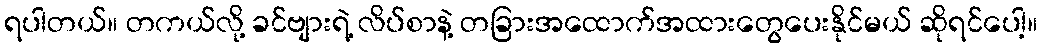
ရပါတယ်။ တကယ်လို့ ခင်ဗျားရဲ့ လိပ်စာနဲ့ တခြားအထောက်အထားတွေပေးနိုင်မယ် ဆိုရင်ပေါ့။